Reports on dispensaries and lunatic asylums in the Province of Oudh - 1869-1876
Year: 1869
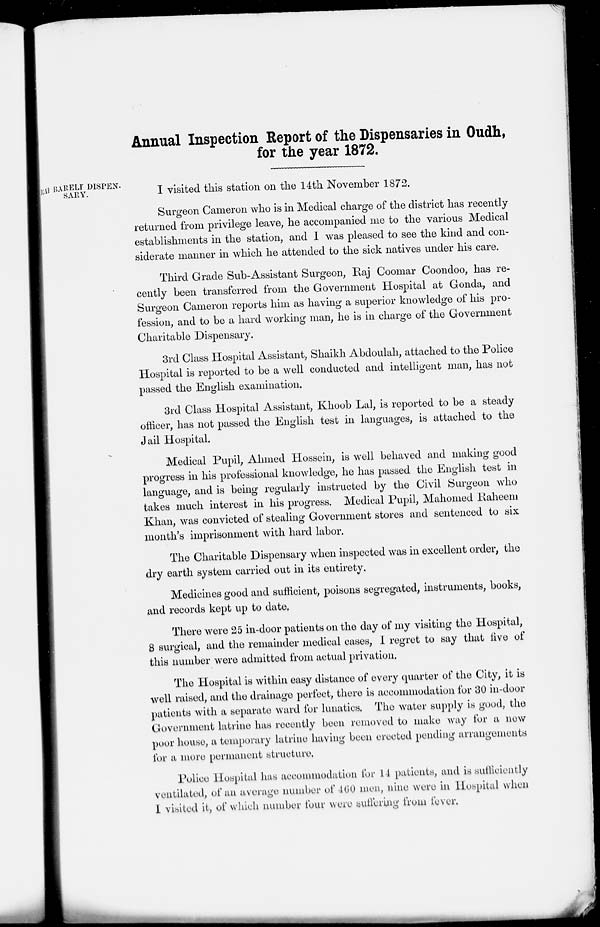
Annual Inspection Report of the Dispensaries in Oudh,
for the year 1872.
RÁI BARELÍ DISPEN-
SARY.
I visited this station on the 14th November 1872.
Surgeon Cameron who is in Medical charge of the district has recently
returned from privilege leave, he accompanied me to the various Medical
establishments in the station, and I was pleased to see the kind and con-
siderate manner in which he attended to the sick natives under his care.
Third Grade Sub-Assistant Surgeon, Raj Coomar Coondoo, has re-
cently been transferred from the Government Hospital at Gonda, and
Surgeon Cameron reports him as having a superior knowledge of his pro-
fession, and to be a hard working man, he is in charge of the Government
Charitable Dispensary.
3rd Class Hospital Assistant, Shaikh Abdoulah, attached to the Police
Hospital is reported to be a well conducted and intelligent man, has not
passed the English examination.
3rd Class Hospital Assistant, Khoob Lal, is reported to be a steady
officer, has not passed the English test in languages, is attached to the
Jail Hospital.
Medical Pupil, Ahmed Hossein, is well behaved and making good
progress in his professional knowledge, he has passed the English test in
language, and is being regularly instructed by the Civil Surgeon who
takes much interest in his progress. Medical Pupil, Mahomed Raheem
Khan, was convicted of stealing Government stores and sentenced to six
month's imprisonment with hard labor.
The Charitable Dispensary when inspected was in excellent order, the
dry earth system carried out in its entirety.
Medicines good and sufficient, poisons segregated, instruments, books,
and records kept up to date.
There were 25 in-door patients on the day of my visiting the Hospital,
8 surgical, and the remainder medical cases, I regret to say that five of
this number were admitted from actual privation.
The Hospital is within easy distance of every quarter of the City, it is
well raised, and the drainage perfect, there is accommodation for 30 in-door
patients with a separate ward for lunatics. The water supply is good, the
Government latrine has recently been removed to make way for a new
poor house, a temporary latrine having been erected pending arrangements
for a more permanent structure.
Police Hospital has accommodation for 14 patients, and is sufficiently
ventilated, of an average number of 460 men, nine were in Hospital when
I visited it, of which number four were suffering from fever.